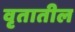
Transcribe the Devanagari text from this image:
वृतातील